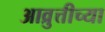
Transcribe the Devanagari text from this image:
आव्रुत्तीच्या